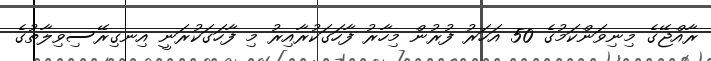
ރާއްޖޭގެ މިނިވަންކަމުގެ 50 އަހަރު ފުުރުން މިހާރު ފާހަގަކުރާއިރު މި ފާހަގަކުރަނީ އިނގިރޭސިވިލާތުގެ